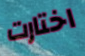
اختارت